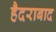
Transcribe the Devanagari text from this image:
हैदराबाद